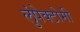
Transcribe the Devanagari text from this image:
लुंपेक्टोमी